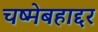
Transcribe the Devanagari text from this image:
चष्मेबहाद्दर